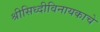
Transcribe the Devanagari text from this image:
श्रीसिध्दीविनायकाचे